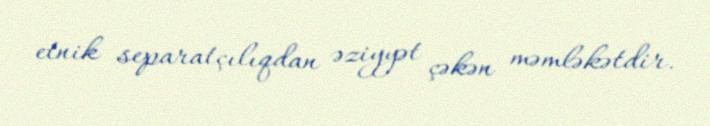
etnik separatçılıqdan əziyyət çəkən məmləkətdir.